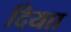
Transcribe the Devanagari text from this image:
दियाा